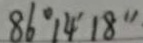
8 6 ^ { \circ } 1 4 ^ { \prime } 1 8 ^ { \prime \prime }